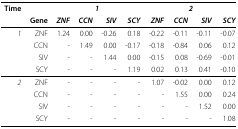
| Time |  | <COLSPAN=4> 1 | <COLSPAN=4> 2 |
 |  | Gene | ZNF | CCN | SIV | SCY | ZNF | CCN | SIV | SCY |
 | --- | --- | --- | --- | --- | --- | --- | --- | --- | --- |
 | 1 | ZNF | 1.24 | 0.00 | -0.26 | 0.18 | -0.22 | -0.11 | -0.11 | -0.07 |
 |  | CCN | - | 1.49 | 0.00 | -0.17 | -0.18 | -0.84 | 0.06 | 0.12 |
 |  | SIV | - | - | 1.44 | 0.00 | -0.15 | 0.08 | -0.69 | -0.01 |
 |  | SCY | - | - | - | 1.19 | 0.02 | 0.13 | 0.41 | -0.10 |
 | 2 | ZNF | - | - | - | - | 1.07 | -0.02 | 0.00 | 0.12 |
 |  | CCN | - | - | - | - | - | 1.55 | 0.00 | 0.24 |
 |  | SIV | - | - | - | - | - | - | 1.52 | 0.00 |
 |  | SCY | - | - | - | - | - | - | - | 1.08 |